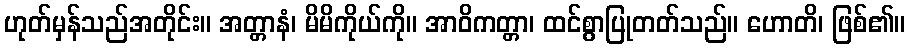
ဟုတ်မှန်သည်အတိုင်း။ အတ္တာနံ၊ မိမိကိုယ်ကို။ အာဝိကတ္တာ၊ ထင်စွာပြုတတ်သည်။ ဟောတိ၊ ဖြစ်၏။